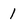
Character: 1